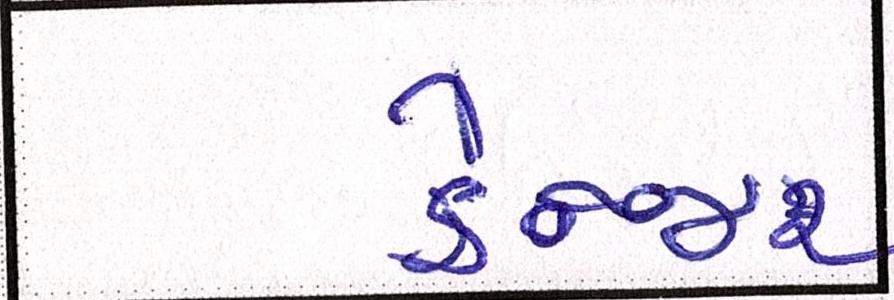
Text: ડેન્જર